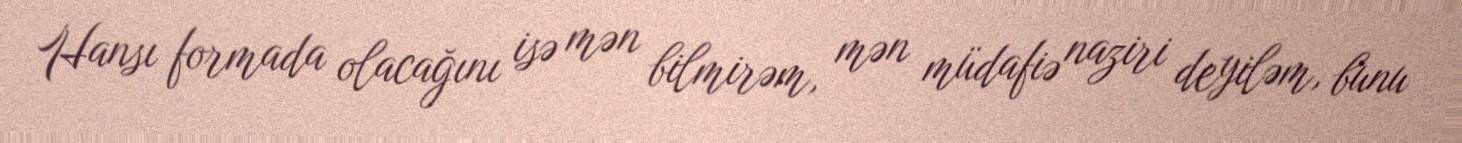
Hansı formada olacağını isə mən bilmirəm, mən müdafiə naziri deyiləm, bunu